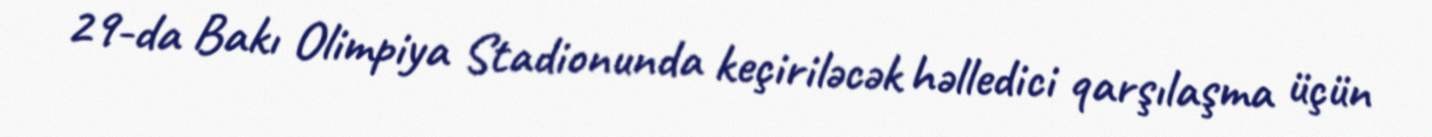
29-da Bakı Olimpiya Stadionunda keçiriləcək həlledici qarşılaşma üçün